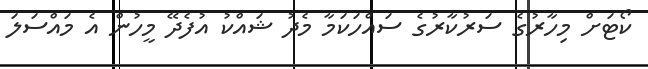
ކޯޓަށް މިހާރުގެ ސަރުކާރުގެ ސައްހަކަމާ މެދު ޝައްކު އުފެދޭ މީހުން އެ މައްސަލަ